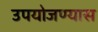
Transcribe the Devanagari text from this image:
उपयोजण्यास